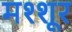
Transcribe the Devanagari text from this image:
मश्शूर